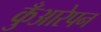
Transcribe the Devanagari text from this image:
कुँआरेपन